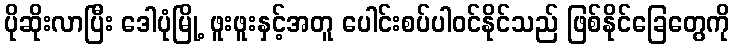
ပိုဆိုးလာပြီး ဒေါပုံမြို့ ဖူးဖူးနှင့်အတူ ပေါင်းစပ်ပါဝင်နိုင်သည် ဖြစ်နိုင်ခြေတွေကို